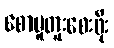
စောမူတူးစေးဖိုး